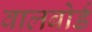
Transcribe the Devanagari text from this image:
वालबोर्ड